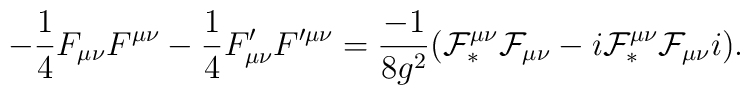
-\frac{1}{4} F_{\mu\nu} F^{\mu\nu} - \frac{1}{4} F'_{\mu\nu}F'^{\mu\nu}= \frac{-1}{8g^2}({\cal F}_{\ast}^{\mu\nu}{\cal F}_{\mu\nu}- i {\cal F}_{\ast}^{\mu\nu}{\cal F}_{\mu\nu} i) .